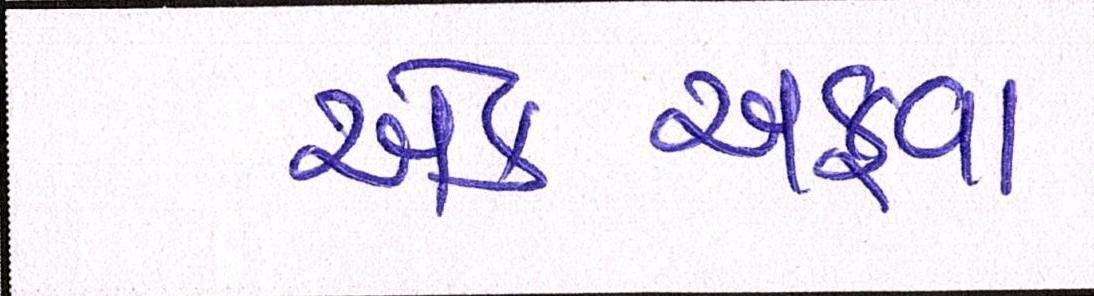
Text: એકઅફવા